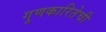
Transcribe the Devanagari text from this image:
गुणकारितेची